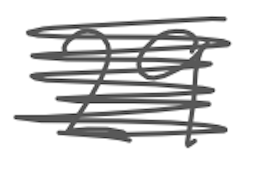
Text: 29
Cross-out: scratch
Writing tool: digital_gray